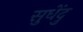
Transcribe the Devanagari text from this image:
सुधेंदु